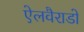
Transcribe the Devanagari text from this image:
ऐलवैराडो